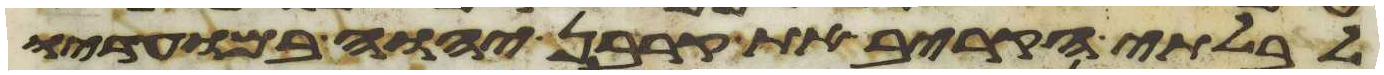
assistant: לבלתי הקריב את קרבן יהוה במועדיו